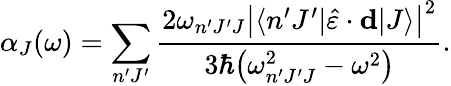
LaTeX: \alpha_{J}(\omega)=\sum_{n^{\prime}J^{\prime}}\frac{2\omega_{n^{\prime}J^{\prime}J}\left|\langle n^{\prime}J^{\prime}|\hat{\varepsilon}\cdot\mathbf{d}|J\rangle\right|^{2}}{3\hbar\big(\omega_{n^{\prime}J^{\prime}J}^{2}-\omega^{2}\big)}.